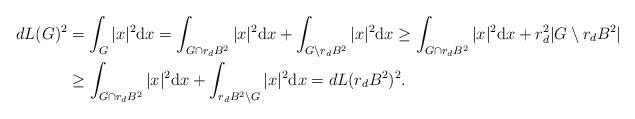
LaTeX: \begin{align*}dL(G)^2&=\int_{G} |x|^2{\rm d}x= \int_{G\cap r_d B^2} |x|^2{\rm d}x+\int_{G\setminus r_d B^2} |x|^2{\rm d}x\ge\int_{G\cap r_d B^2} |x|^2{\rm d}x+ r_d^2|G\setminus r_d B^2|\\&\ge \int_{G\cap r_d B^2} |x|^2{\rm d}x+\int_{r_d B^2\setminus G} |x|^2{\rm d}x=dL(r_d B^2)^2.\end{align*}